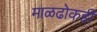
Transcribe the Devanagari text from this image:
माळढोकही